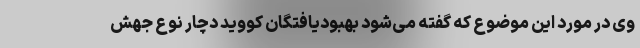
وی در مورد این موضوع که گفته می‌شود بهبودیافتگان کووید دچار نوع جهش